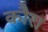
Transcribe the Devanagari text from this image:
कौरा